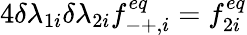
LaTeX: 4\delta\lambda_{1i}\delta\lambda_{2i}f_{-+,i}^{eq}=f_{2i}^{eq}